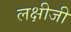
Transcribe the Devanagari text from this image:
लक्षीजी